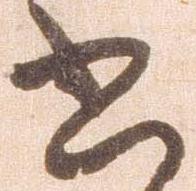
書